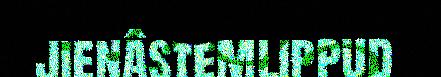
jienâstemlippud